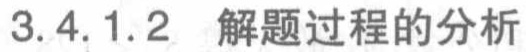
3.4.1.2 解题过程的分析